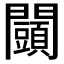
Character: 𨷩